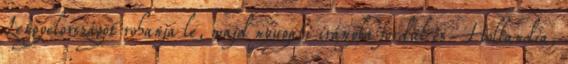
Lengyelországot rohanja le, majd nyugati irányba fordul és Hollandia,